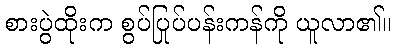
စားပွဲထိုးက စွပ်ပြုပ်ပန်းကန်ကို ယူလာ၏။